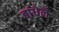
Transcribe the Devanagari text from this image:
बांधेले